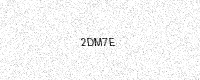
Text: 2DM7E